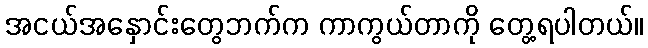
အငယ်အနှောင်းတွေဘက်က ကာကွယ်တာကို တွေ့ရပါတယ်။